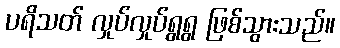
ပရိသတ် လှုပ်လှုပ်ရွရွ ဖြစ်သွားသည်။